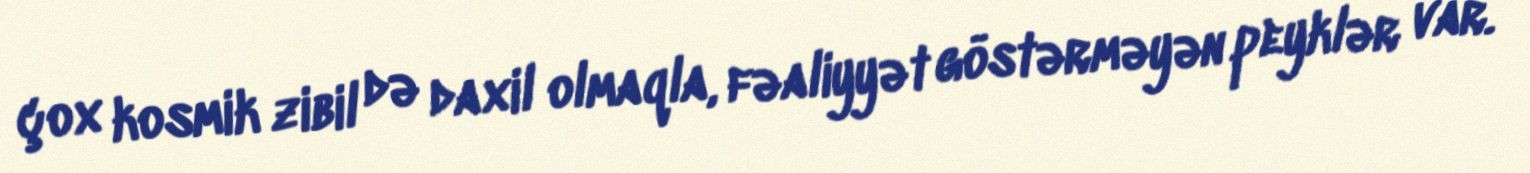
çox kosmik zibil də daxil olmaqla, fəaliyyət göstərməyən peyklər var.